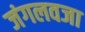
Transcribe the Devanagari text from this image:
जंगलवजा